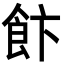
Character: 飰